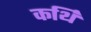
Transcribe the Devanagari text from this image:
कर्थि